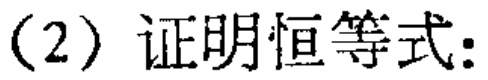
(2) 证明恒等式: